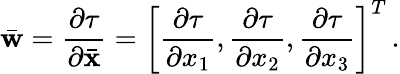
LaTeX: \bar{\mathbf w}=\frac{\partial\tau}{\partial\bar{\mathbf x}}=\left[\frac{\partial\tau}{\partial x_{1}},\frac{\partial\tau}{\partial x_{2}},\frac{\partial\tau}{\partial x_{3}}\right]^{T}\, .